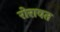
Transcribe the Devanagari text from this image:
रोरावत